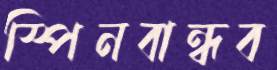
স্পিনবান্ধব